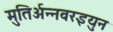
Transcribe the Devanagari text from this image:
मुतिर्अन्नवरइयुन